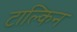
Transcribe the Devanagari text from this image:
टाल्किन